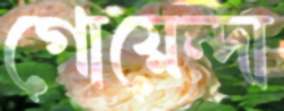
গোয়েন্দা